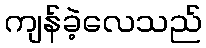
ကျန်ခဲ့လေသည်